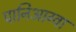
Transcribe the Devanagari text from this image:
पानिआग्वा